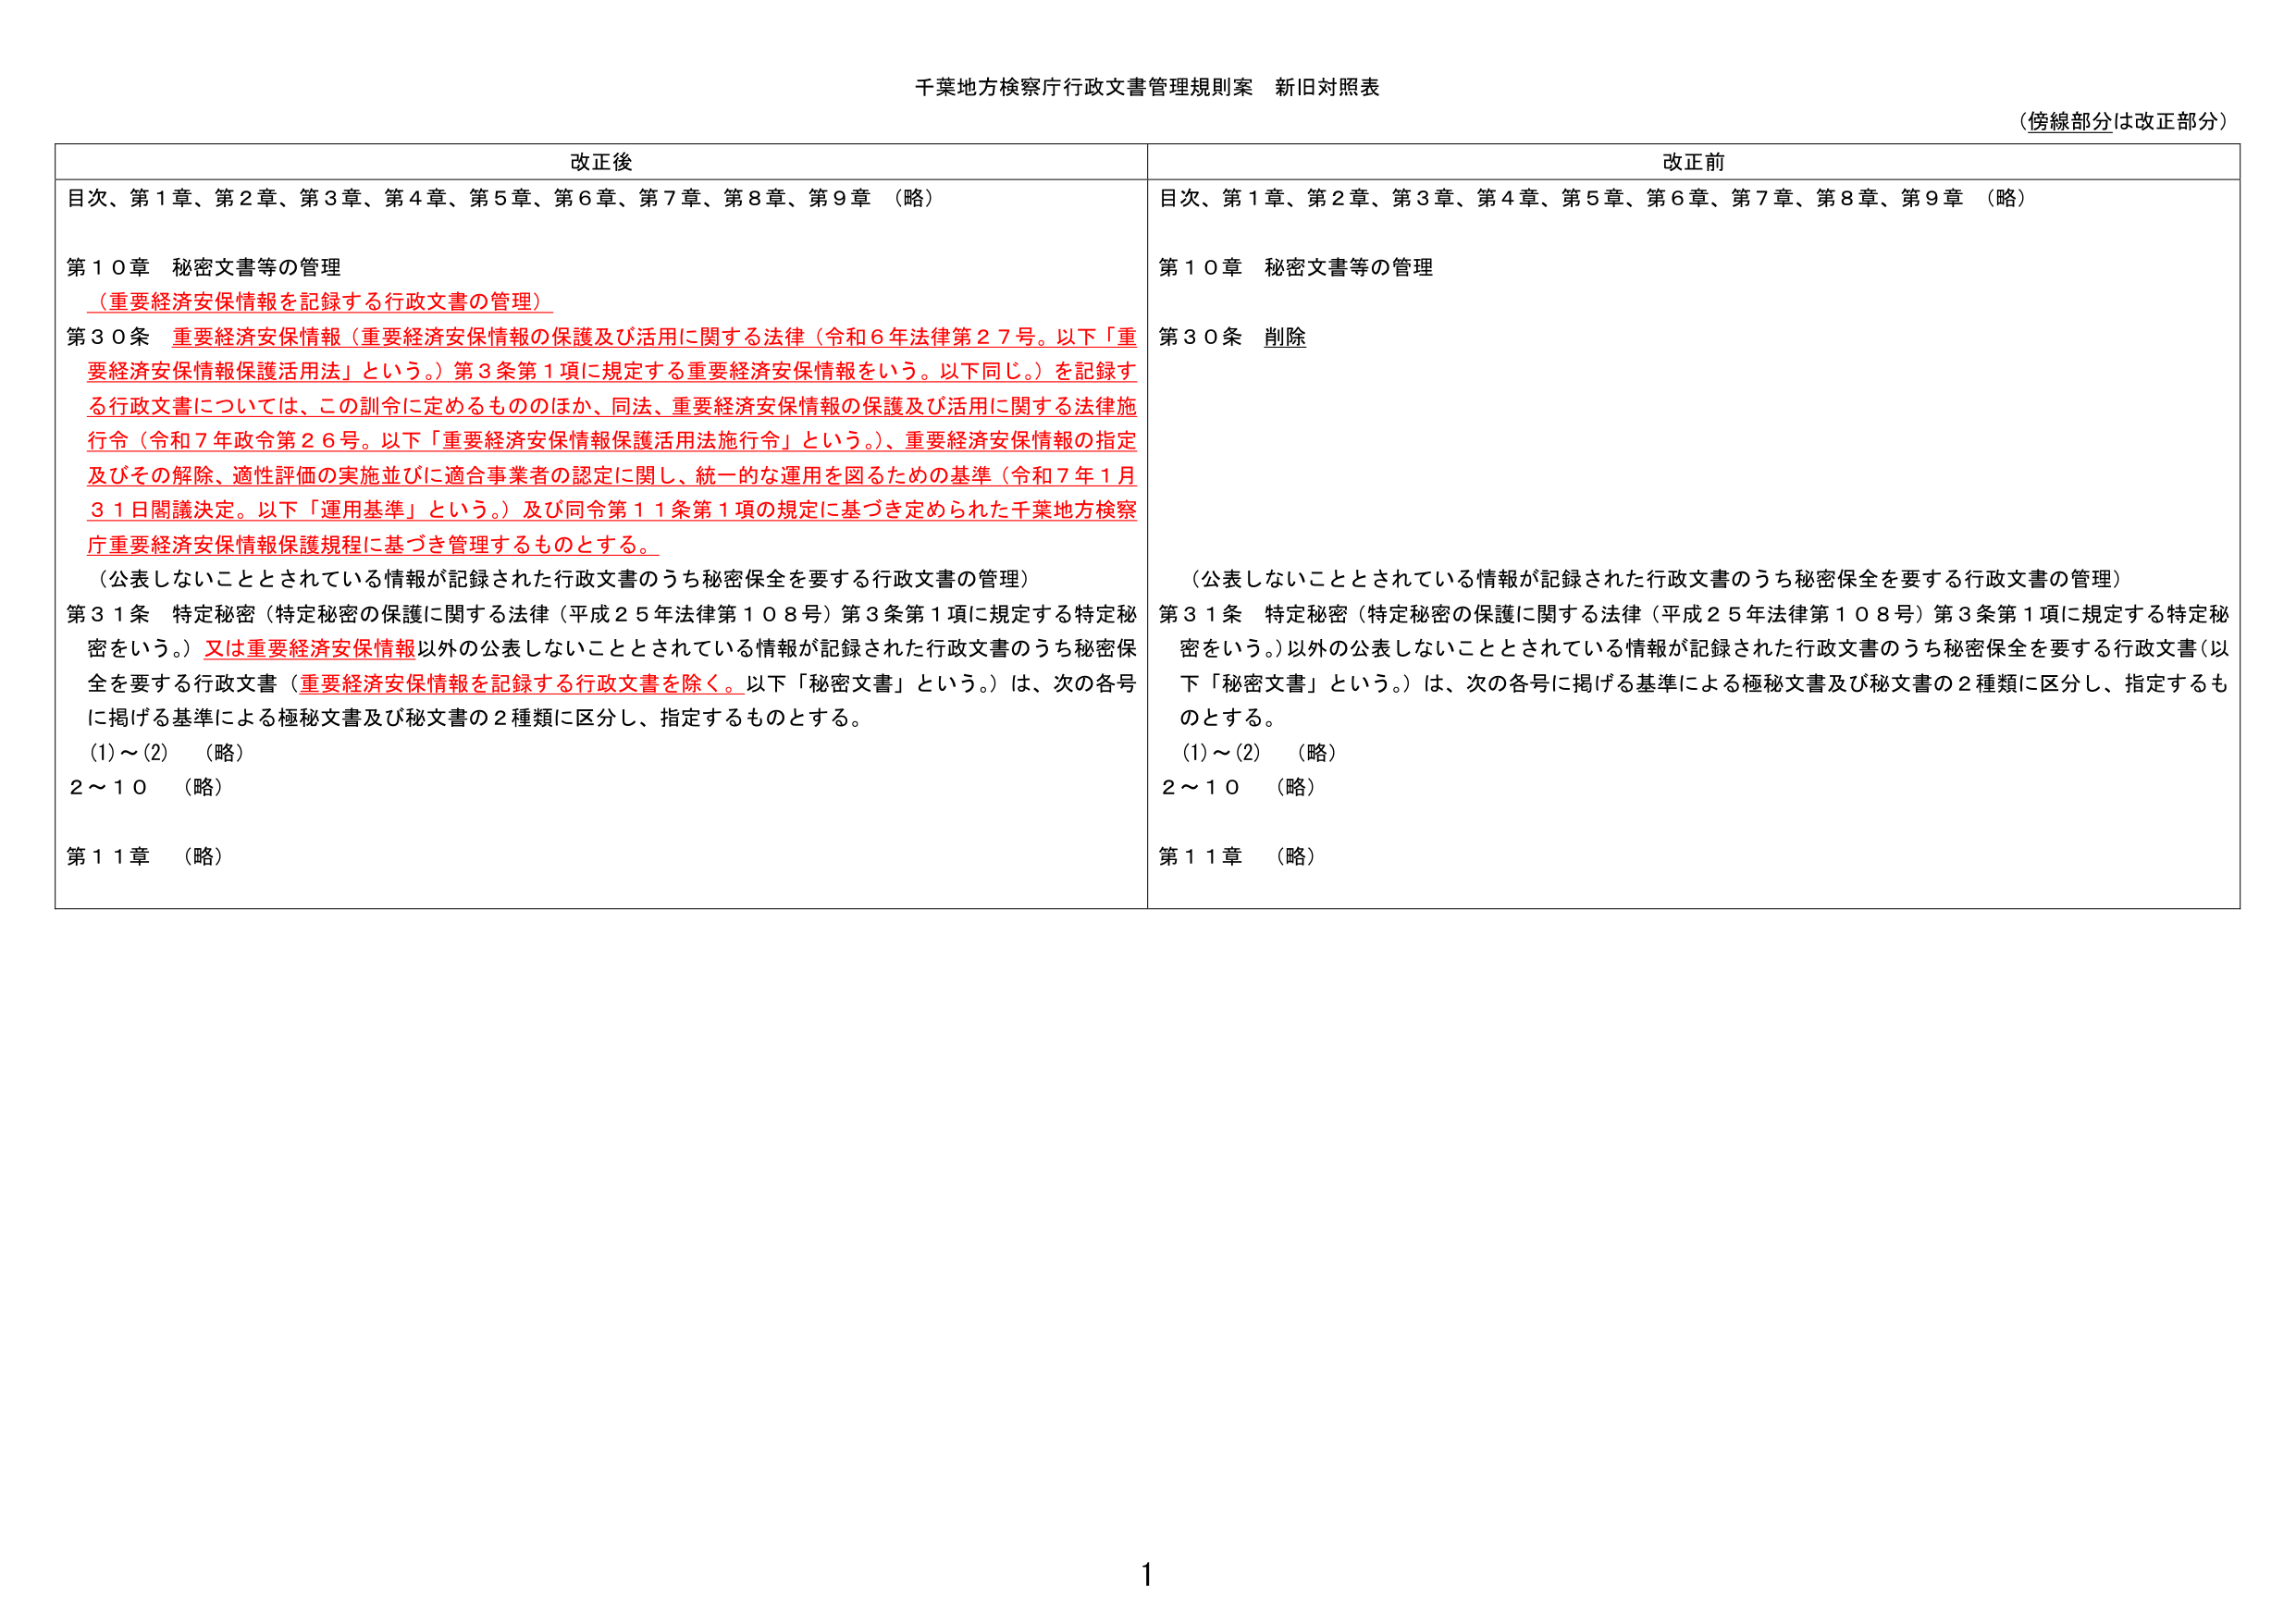
千葉地方検察庁行政文書管理規則案 新旧対照表
（傍線部分は改正部分）

改正後
目次、第1章、第2章、第3章、第4章、第5章、第6章、第7章、第8章、第9章 （略）
第10章 秘密文書等の管理
（重要経済安保情報を記録する行政文書の管理）
第30条 重要経済安保情報（重要経済安保情報の保護及び活用に関する法律（令和6年法律第27号。以下「重要経済安保情報保護活用法」という。）第3条第1項に規定する重要経済安保情報をいう。以下同じ。）を記録する行政文書については、この訓令に定めるもののほか、同法、重要経済安保情報の保護及び活用に関する法律施行令（令和7年政令第26号。以下「重要経済安保情報保護活用法施行令」という。）、重要経済安保情報の指定及びその解除、適性評価の実施並びに適合事業者の認定に関し、統一的な運用を図るための基準（令和7年1月31日閣議決定。以下「運用基準」という。）及び同令第11条第1項の規定に基づき定められた千葉地方検察庁重要経済安保情報保護規程に基づき管理するものとする。
（公表しないこととされている情報が記録された行政文書のうち秘密保全を要する行政文書の管理）
第31条 特定秘密（特定秘密の保護に関する法律（平成25年法律第108号）第3条第1項に規定する特定秘密をいう。）又は重要経済安保情報以外の公表しないこととされている情報が記録された行政文書のうち秘密保全を要する行政文書（重要経済安保情報を記録する行政文書を除く。以下「秘密文書」という。）は、次の各号に掲げる基準による極秘文書及び秘文書の2種類に区分し、指定するものとする。
(1)～(2) （略）
2～10 （略）
第11章 （略）

改正前
目次、第1章、第2章、第3章、第4章、第5章、第6章、第7章、第8章、第9章 （略）
第10章 秘密文書等の管理
第30条 削除
（公表しないこととされている情報が記録された行政文書のうち秘密保全を要する行政文書の管理）
第31条 特定秘密（特定秘密の保護に関する法律（平成25年法律第108号）第3条第1項に規定する特定秘密をいう。）以外の公表しないこととされている情報が記録された行政文書のうち秘密保全を要する行政文書（以下「秘密文書」という。）は、次の各号に掲げる基準による極秘文書及び秘文書の2種類に区分し、指定するものとする。
(1)～(2) （略）
2～10 （略）
第11章 （略）

1